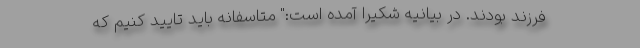
فرزند بودند. در بیانیه شکیرا آمده است:" متاسفانه باید تایید کنیم که